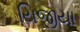
યિજીયા